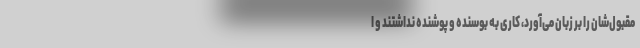
مقبول‌شان را بر زبان می‌آورد، کاری به بوسنده و پوشنده نداشتند و ا